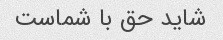
شاید حق با شماست